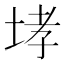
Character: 𡌉